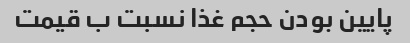
پایین بودن حجم غذا نسبت ب قیمت